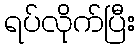
ရပ်လိုက်ပြီး